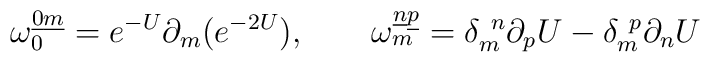
\omega_{0}^{\underline 0\underline m} = e^{-U}\partial_m(e^{-2U}),\qquad\omega_{m}^{\underline n\underline p} = \delta_m^{\ n}\partial_pU-\delta_m^{\ p}\partial_nU